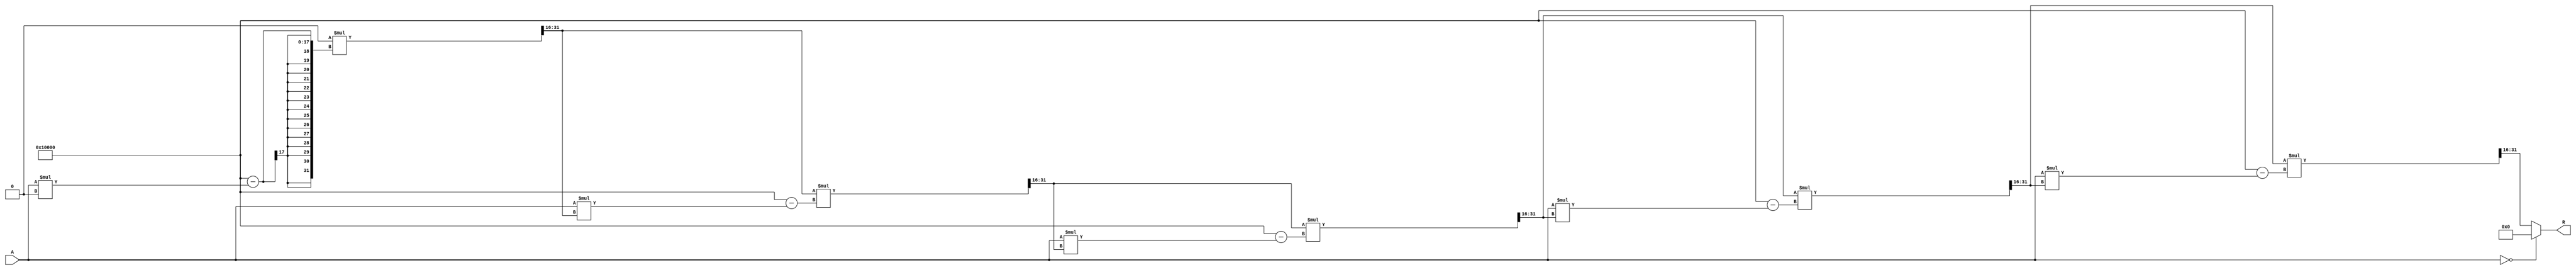
module BitwiseReciprocal #(
    parameter N = 16 // Bit width of the input
)(
    input  wire [N-1:0] A, // Input number (non-zero)
    output reg  [N-1:0] R  // Output reciprocal
);

    // Internal variables
    reg [N-1:0] x; // Current approximation
    reg [N-1:0] x_next; // Next approximation
    integer i; // Loop counter

    // Initial setup
    always @* begin
        // Check for zero input
        if (A == 0) begin
            R = {N{1'b0}}; // Output zero if input is zero (undefined case)
        end else begin
            // Initial guess for the reciprocal
            x = {1'b0, 1'b1, {N-2{1'b0}}} << (N - 2); // Initial guess: 1/(A >> 1)
            // Iteratively refine the approximation
            for (i = 0; i < 5; i = i + 1) begin // 5 iterations for better accuracy
                x_next = x * (2**N - A * x) >> N; // Newton-Raphson update
                x = x_next; // Update current approximation
            end
            R = x; // Final output
        end
    end

endmodule